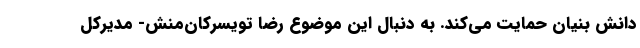
دانش بنیان حمایت می‌کند. به دنبال این موضوع رضا تویسرکان‌منش- مدیرکل